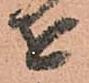
を